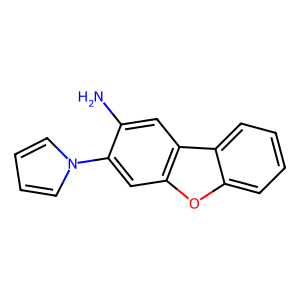
SMILES: Nc1cc2c(cc1-n1cccc1)oc1ccccc12
Inhibits HIV replication: No